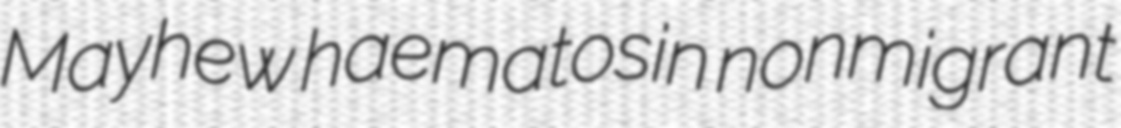
Mayhew haematosin nonmigrant